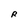
Character: R